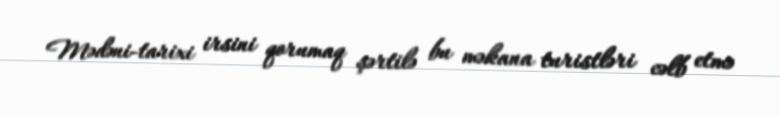
Mədəni-tarixi irsini qorumaq şərtilə bu məkana turistləri cəlb etmə